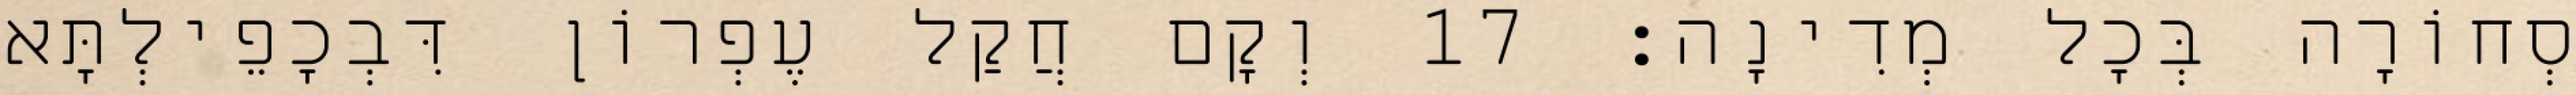
סְחוֹרָה בְּכָל מְדִינָה׃ 17 וְקָם חֲקַל עֶפְרוֹן דִּבְכָפֵילְתָּא